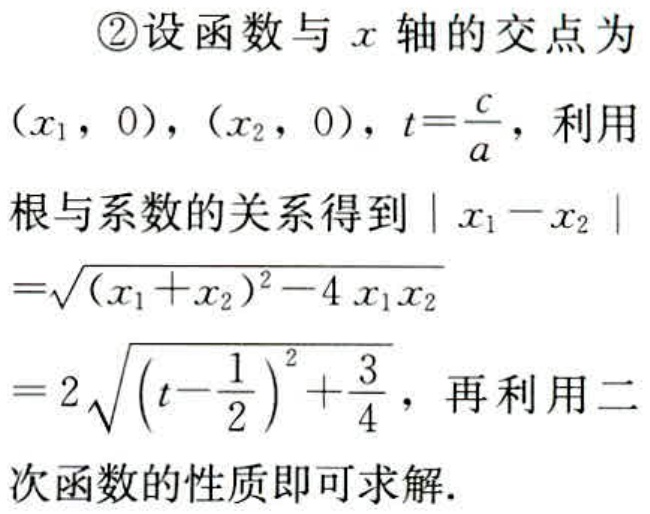
\textcircled{2}设函数与\(x\)轴的交点为\((x_{1},0)\)，\((x_{2},0)\)，\(t = \frac{c}{a}\)，利用根与系数的关系得到\(\vert x_{1} - x_{2}\vert\)
\(=\sqrt{(x_{1} + x_{2})^{2}-4x_{1}x_{2}}\)
\(=2\sqrt{(t - \frac{1}{2})^{2}+\frac{3}{4}}\)，再利用二次函数的性质即可求解.